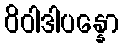
ဝိဝါဒါပန္နော